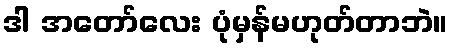
ဒါ အတော်လေး ပုံမှန်မဟုတ်တာဘဲ။